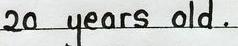
20 years old .